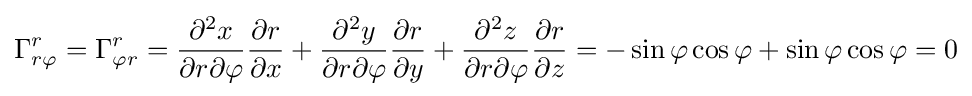
\Gamma _{r\varphi }^{r}=\Gamma _{\varphi r}^{r}={\frac {\partial ^{2}x}{\partial r\partial \varphi }}{\frac {\partial r}{\partial x}}+{\frac {\partial ^{2}y}{\partial r\partial \varphi }}{\frac {\partial r}{\partial y}}+{\frac {\partial ^{2}z}{\partial r\partial \varphi }}{\frac {\partial r}{\partial z}}=-\sin \varphi \cos \varphi +\sin \varphi \cos \varphi =0